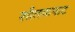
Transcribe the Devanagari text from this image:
शीतकपाट